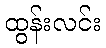
ထွန်းလင်း